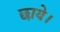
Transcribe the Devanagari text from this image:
छाये।